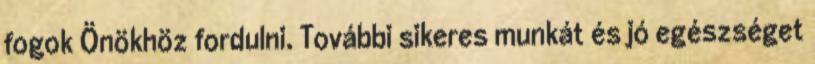
fogok Önökhöz fordulni. További sikeres munkát és jó egészséget